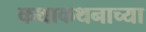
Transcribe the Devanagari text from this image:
कथाकथनाच्या